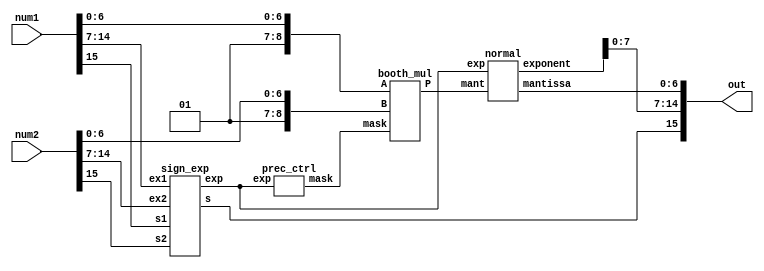
module float_mul(input [0:15] num1,input [0:15] num2,output [0:15] out);//,output wire [0:10] mask,output wire [0:9] exp);
  
    wire s1,s2;
    wire [0:7] ex1,ex2;
    wire [0:8] m1,m2;
    
    wire s;
    wire [0:9] exp;
    wire [0:10] mant;
    wire [0:10] mask;
    wire [0:9] exponent;
    wire [0:6] mantissa;
    
    assign s1=num1[0];
    assign s2=num2[0];
    assign ex1=num1[1:8];
    assign ex2=num2[1:8];
    assign m1={2'b01,num1[9:15]};//mantissa is not signed so we add 0 so that booth multiplier considers both as positive numbers
    assign m2={2'b01,num2[9:15]};//1 is added because only decimal value is written in mantissa
    
    
    sign_exp se(s1,s2,ex1,ex2,s,exp);
    prec_ctrl pc(exp,mask);
    booth_mul bm(m1,m2,mask,mant);
    normal nz(mant,exp,exponent,mantissa);
    
    assign out={s,exponent[2:9],mantissa};
endmodule

module sign_exp(input s1,input s2,input [0:7] ex1,input [0:7] ex2,output s,output [0:9] exp);
    assign s=s1^s2;
    assign exp={2'b0,ex1}+{2'b0,ex2}-10'd254;    
endmodule

module normal(input [0:10] mant,input [0:9] exp,output [0:9] exponent,output [0:6] mantissa);
   assign mantissa=mant[2:8];
   assign exponent=exp+1'b1+10'd127;
endmodule

module prec_ctrl(input [0:9] exp,output reg [0:10] mask);
    wire [0:3] rg;
    assign rg=exp[2:5];
    always@(*) begin
    case(rg) 
    4'b0000:mask=11'b11111111111;
    4'b0001:mask=11'b11111111110;
    4'b0010:mask=11'b11111111100;
    4'b0011:mask=11'b11111111000;
    4'b0100:mask=11'b11111110000;
    4'b0101:mask=11'b11111100000;
    4'b0110:mask=11'b11111000000;
    4'b0111:mask=11'b11110000000;
    4'b1000:mask=11'b11110000000;
    4'b1001:mask=11'b11111000000;
    4'b1010:mask=11'b11111100000;
    4'b1011:mask=11'b11111110000;
    4'b1100:mask=11'b11111111000;
    4'b1101:mask=11'b11111111100;
    4'b1110:mask=11'b11111111110;
    4'b1111:mask=11'b11111111111;
    default:mask=11'b11111111111;
    endcase
    end
endmodule


module booth_mul(input wire [8:0] A,input wire [8:0] B,input [10:0] mask,output wire [10:0] P);//,output wire [10:0] pro);//,output [15:0] pp1,output [15:0] pp2,output [15:0] pp3,output [15:0] pp4);//,output [10:0] p1,output [10:0] p2,output [10:0] p3,output [10:0] p4 );
        reg [2:0] bits[4:0];
        reg [9:0] pp[4:0];
        
        //wire [10:0] p1,p2,p3,p4;
        wire [8:0] A_;//minus A
        wire [15:0] pp1;
        wire [15:0] pp2;
        wire [15:0] pp3;
        wire [15:0] pp4;
        wire [15:0] pp5;
        integer m1;
        assign A_=~A+1;
        
        always@(A or B or A_) begin
        
        bits[0]={B[1],B[0],1'b0};
        bits[4]=3'b001;
        
        for(m1=1;m1<4;m1=m1+1)
            bits[m1]={B[2*m1+1],B[2*m1],B[2*m1-1]};
        
        for(m1=0;m1<5;m1=m1+1) begin
            case(bits[m1])
            
            3'b001:pp[m1]={1'b0,A};
            3'b010:pp[m1]={1'b0,A};
            3'b011:pp[m1]={A,1'b0};
            3'b100:pp[m1]={A_,1'b0};
            3'b101:pp[m1]={A_[8],A_};
            3'b110:pp[m1]={A_[8],A_};
            default:pp[m1]=0;
                        
            endcase
        end
        end
        
        assign pp1={{6{pp[0][9]}},pp[0]};
        assign pp2={{4{pp[1][9]}},pp[1],2'b0};
        assign pp3={{2{pp[2][9]}},pp[2],4'b0};
        assign pp4={pp[3],6'b0};
        assign pp5={pp[4][7:0],8'b0};
        //assign P=pp1+pp2+pp3+pp4;
        pp_adder ppa(mask,pp1,pp2,pp3,pp4,pp5,P);//,p1,p2,p3,p4);
        
endmodule

module pp_adder(input [10:0] mask, input [15:0] pp1,input [15:0] pp2,input [15:0] pp3,input [15:0] pp4,input [15:0] pp5,output [10:0] prod);//,output [10:0] actual_prod);//,output [10:0] p1,output [10:0] p2,output [10:0] p3,output [10:0] p4);
    wire [10:0] p1,p2,p3,p4,p5;
    //wire [11:0] pr;
    assign p1 = pp1[15:5] & mask;
    assign p2 = pp2[15:5] & mask;
    assign p3 = pp3[15:5] & mask;
    assign p4 = pp4[15:5] & mask;
    assign p5 = pp5[15:5] & mask;   
    
    assign prod=pp1[15:5]+pp2[15:5]+pp3[15:5]+pp4[15:5]+pp5[15:5];
endmodule